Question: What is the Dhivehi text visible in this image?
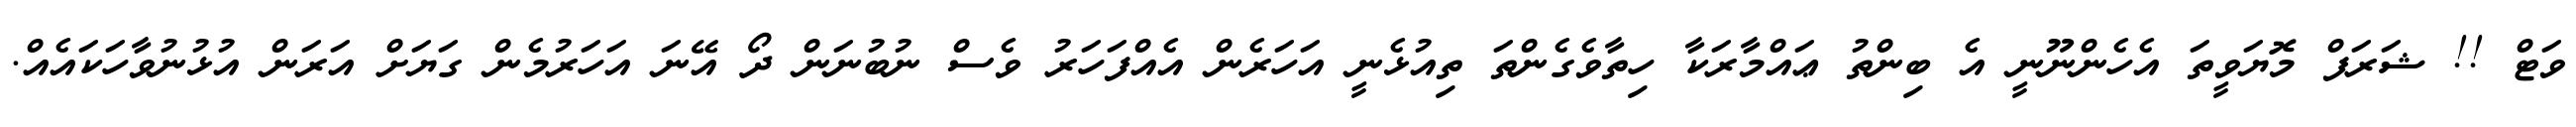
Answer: ވަޓް !! ޝަރަފް މޮޔަވީތަ އެހެންނޫނީ އެ ބިންތު ޢައްމާރަކާ ހިތާވެގެންތަ ތިއުޅެނީ އަހަރެން އެއްފަހަރު ވެސް ނުބުނަން ދޯ އޭނަ އަހަރުމެން ގަޔަށް އަރަން އުޅުނުވާހަކައެއް.